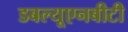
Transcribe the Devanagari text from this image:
डबल्यूएनबीटी